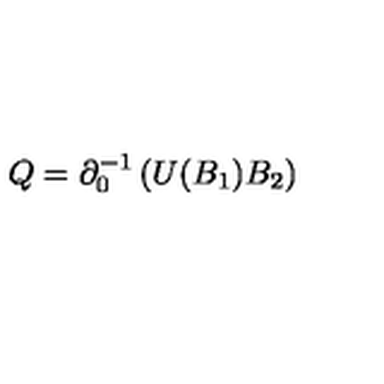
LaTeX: Q = \partial _ { 0 } ^ { - 1 } \left( U ( B _ { 1 } ) B _ { 2 } \right)